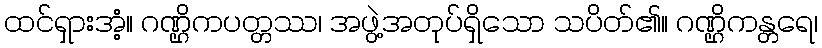
ထင်ရှားအံ့။ ဂဏ္ဌိကပတ္တဿ၊ အဖွဲ့အတုပ်ရှိသော သပိတ်၏။ ဂဏ္ဌိကန္တရေ၊